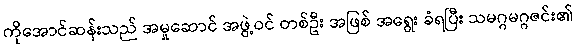
ကိုအောင်ဆန်းသည် အမှုဆောင် အဖွဲ့ဝင် တစ်ဦး အဖြစ် အရွေး ခံရပြီး သမဂ္ဂမဂ္ဂဇင်း၏